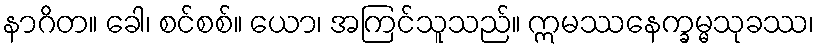
နာဂိတ။ ခေါ၊ စင်စစ်။ ယော၊ အကြင်သူသည်။ ဣမဿနေက္ခမ္မသုခဿ၊